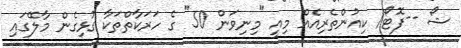
ޝޯ --ފޮޓޯ/ ކިއުންތެރިއެއް މިއީ "މިނިވަން 50" ގެ ހަރަކާތްތަކާ ގުޅިގެން މާލޭގައި